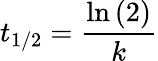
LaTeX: t_{1/2}={\frac{\ln{(2)}}{k}}